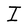
Character: I